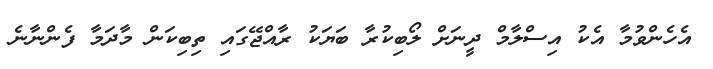
އެހެންވުމާ އެކު އިސްލާމް ދީނަށް ލޯބިކުރާ ބަޔަކު ރާއްޖޭގައި ތިބިކަން މާދަމާ ފެންނާނެ